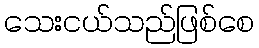
သေးငယ်သည်ဖြစ်စေ